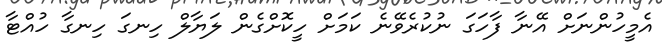
އެމީހުންނަށް އޭނާ ފާހަގަ ނުކުރެވޭނެ ކަމަށް ހީކޮށްގެން ލަޔާލް ހިނގަ ހިނގާ ހުއްޓާ